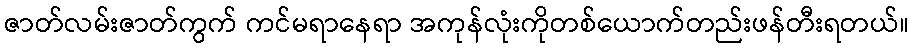
ဇာတ်လမ်းဇာတ်ကွက် ကင်မရာနေရာ အကုန်လုံးကိုတစ်ယောက်တည်းဖန်တီးရတယ်။